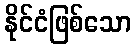
နိုင်ငံဖြစ်သော